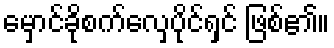
မှောင်ခိုစက်လှေပိုင်ရှင် ဖြစ်၏။